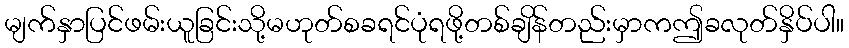
မျက်နှာပြင်ဖမ်းယူခြင်းသို့မဟုတ်စခရင်ပုံရဖို့တစ်ချိန်တည်းမှာကဤခလုတ်နှိပ်ပါ။